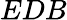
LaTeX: EDB